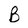
Character: B